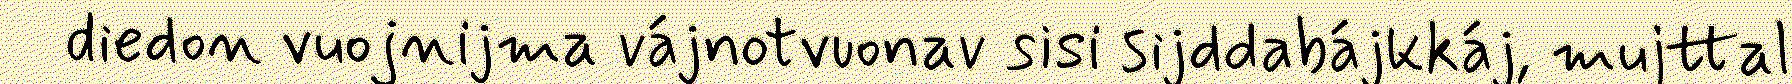
diedon vuojnijma vájnotvuonav sisi sijddabájkkáj, mujttal